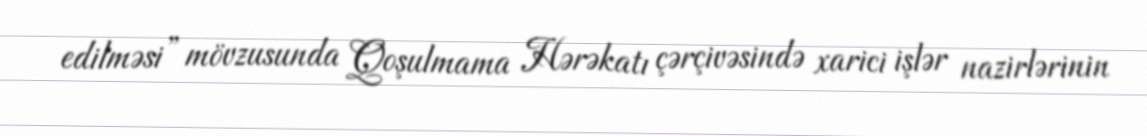
edilməsi” mövzusunda Qoşulmama Hərəkatı çərçivəsində xarici işlər nazirlərinin